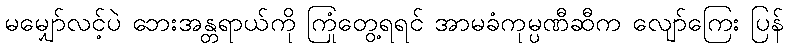
မမျှော်လင့်ပဲ ဘေးအန္တရာယ်ကို ကြုံတွေ့ရရင် အာမခံကုမ္ပဏီဆီက လျော်ကြေး ပြန်